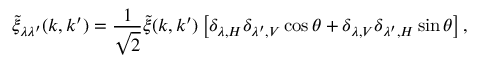
\tilde { \xi } _ { \lambda \lambda ^ { \prime } } ( \boldsymbol { k } , \boldsymbol { k } ^ { \prime } ) = \frac { 1 } { \sqrt { 2 } } \tilde { \xi } ( \boldsymbol { k } , \boldsymbol { k } ^ { \prime } ) \left[ \delta _ { \lambda , H } \delta _ { \lambda ^ { \prime } , V } \cos \theta + \delta _ { \lambda , V } \delta _ { \lambda ^ { \prime } , H } \sin \theta \right] ,